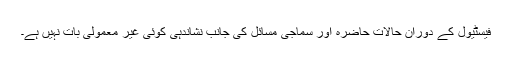
فیسٹیول کے دوران حالات حاضرہ اور سماجی مسائل کی جانب نشاندہی کوئی غیر معمولی بات نہیں ہے۔